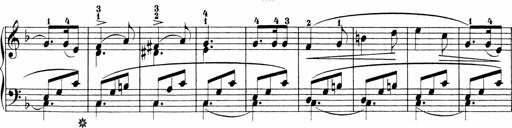
Title: Sonatinen Op.47, 98 und 136, nebst 6 Liedersonatinen
Composer: Carl Reinecke